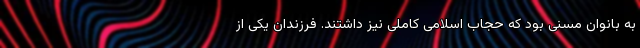
به بانوان مسنی بود که حجاب اسلامی کاملی نیز داشتند. فرزندان یکی از